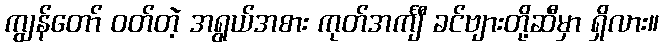
ကျွန်တော် ဝတ်တဲ့ အရွယ်အစား ကုတ်အင်္ကျီ ခင်ဗျားတို့ဆီမှာ ရှိလား။